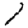
Digit: 1